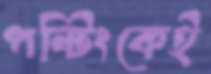
পন্টিংকেই